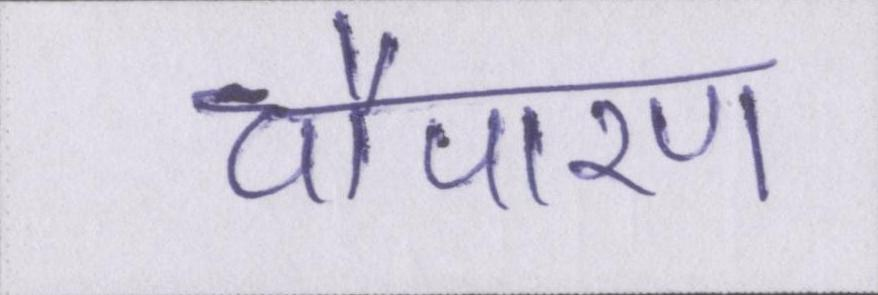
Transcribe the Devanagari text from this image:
चौपारण